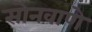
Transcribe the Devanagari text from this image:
सोनवाणे